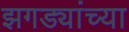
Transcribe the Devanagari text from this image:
झगड्यांच्या